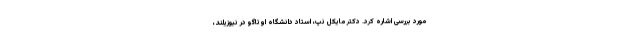
مورد بررسی اشاره کرد. دکتر مایکل نپ، استاد دانشگاه اوتاگو در نیوزیلند،